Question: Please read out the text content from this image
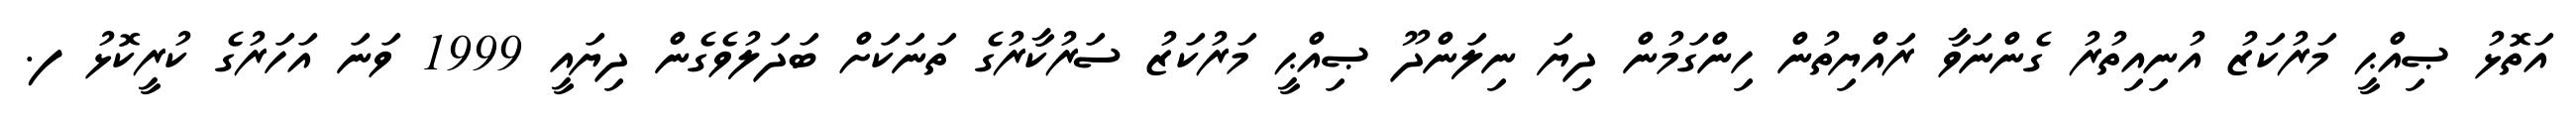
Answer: އަތޮޅު ޞިއްޙީ މަރުކަޒު އުނިއިތުރު ގެންނަވާ ރައްޔިތުން ހިންގަމުން ދިޔަ ނިލަންދޫ ޞިއްޙީ މަރުކަޒު ސަރުކާރުގެ ތަނަކަށް ބަދަލުވެގެން ދިޔައީ 1999 ވަނަ އަހަރުގެ ކުރީކޮޅު ފ.